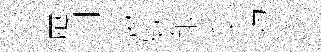
鴈别麻欵銀厺蝎